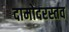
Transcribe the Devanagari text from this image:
दामोदरस्तव